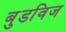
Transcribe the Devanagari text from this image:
बुडविज